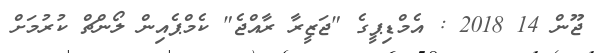
ޖޫން 14 2018 : އެމްޑިޕީގެ "ޖަޒީރާ ރާއްޖެ" ކެމްޕެއިން ލޯންޗް ކުރުމަށް